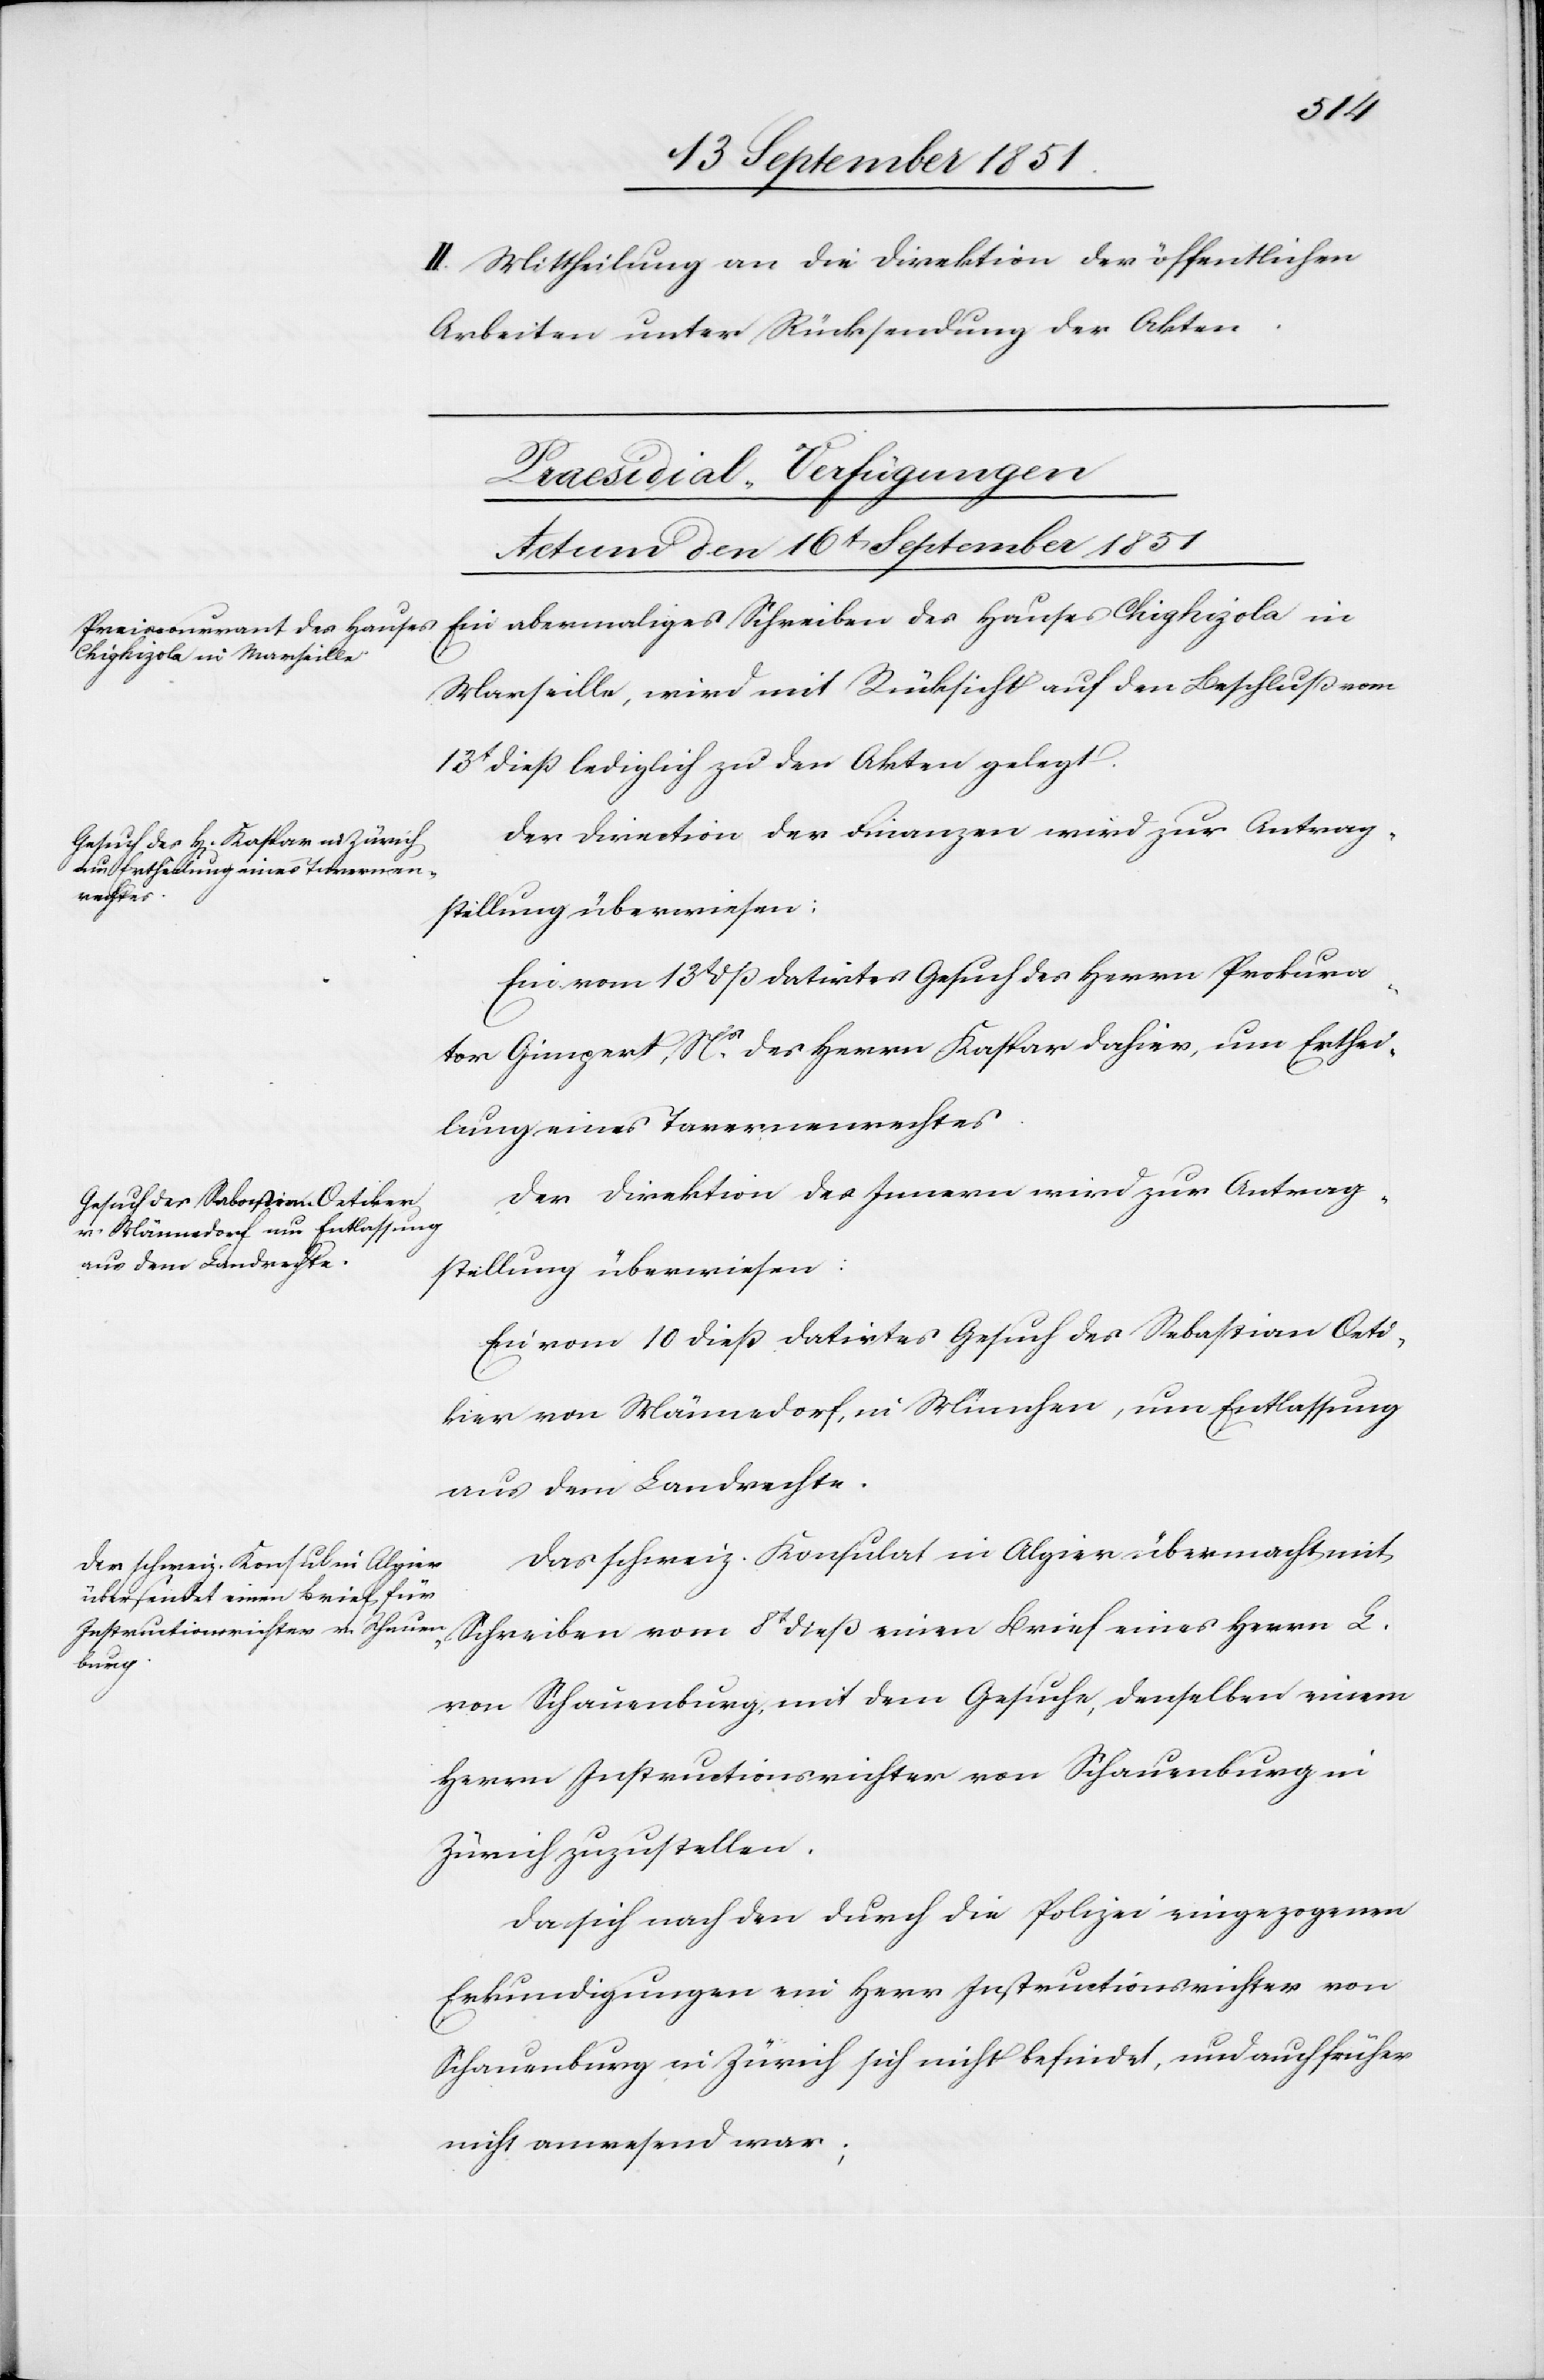
kier

II. Mittheilung an die Direktion der öffentlichen
Arbeiten unter Rücksendung der Akten.
[Praesidial-Verfügungen
Actum den 16t September 1851]
Ein abermaliges Schreiben des Hauses Chighizola in
Marseille, wird mit Rücksicht auf den Beschluß vom
13t dieß lediglich zu den Akten gelegt.
Der Direction der Finanzen wird zur Antrag¬
stellung überwiesen:
Ein vom 13t dß datirtes Gesuch des Herrn Prokura¬
tor Gimpert, Ns. des Herrn Kaspar dahier, um Erthei¬
lung eines Tavernenrechtes.
Der Direktion des Innern wird zur Antrag¬
stellung überwiesen:
Ein vom 10 dieß datirtes Gesuch des Sebastian Oeti¬
[sic!] von Männedorf, in München, um Entlassung
aus dem Landrechte.
Das schweiz. Konsulat in Algier übermacht mit
Schreiben vom 8t dieß einen Brief eines Herrn L.
von Schauenburg, mit dem Gesuche, denselben einem
Herrn Instructionsrichter von Schauenburg in
Zürich zuzustellen.
Da sich nach den durch die Polizei eingezogenen
Erkundigungen ein Herr Instructionsrichter von
Schauenburg in Zürich sich [sic!] nicht befindet, und auch früher
nicht anwesend war;